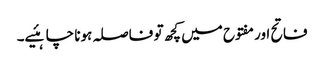
فاتح اور مفتوح میں کچھ تو فاصلہ ہونا چاہئیے۔